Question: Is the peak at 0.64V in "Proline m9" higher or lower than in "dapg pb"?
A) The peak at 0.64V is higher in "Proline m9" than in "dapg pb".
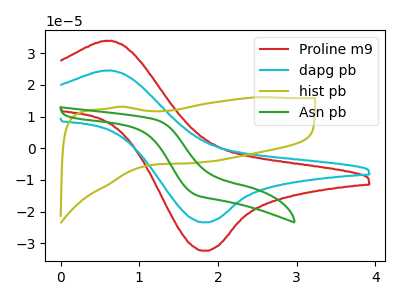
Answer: <think>The red curve "Proline m9" has an anodic peak at (0.65V, 33.95uA) and a cathodic peak at (1.80V, -32.35uA). The cyan curve "dapg pb" has an anodic peak at (0.65V, 24.55uA) and a cathodic peak at (1.80V, -23.40uA). The olive curve "hist pb" has no peaks. The green curve "Asn pb" has no peaks.</think>
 <answer>A) The peak at 0.64V is higher in "Proline m9" than in "dapg pb".</answer>
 <eval>A</eval>